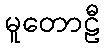
မူတောဠီ